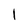
Character: l